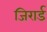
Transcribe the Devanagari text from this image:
जिरार्ड